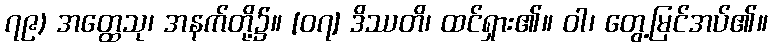
၇၉) အတ္ထေသု၊ အနက်တို့၌။ [၀၇] ဒိဿတိ၊ ထင်ရှား၏။ ဝါ၊ တွေ့မြင်အပ်၏။